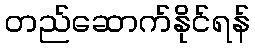
တည်ဆောက်နိုင်ရန်